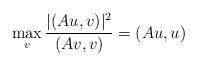
LaTeX: \begin{align*} \max_{v}\frac{|(Au,v)|^2}{(Av, v)}= (Au, u) \end{align*}